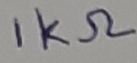
Text: 1KΩ